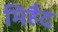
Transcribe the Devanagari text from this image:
मिहैद